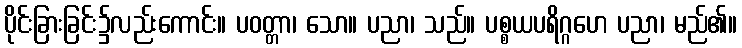
ပိုင်းခြားခြင်း၌လည်းကောင်း။ ပဝတ္တာ၊ သော။ ပညာ၊ သည်။ ပစ္စယပရိဂ္ဂဟေ ပညာ၊ မည်၏။